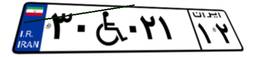
۳۰W۰۲۱۱۲